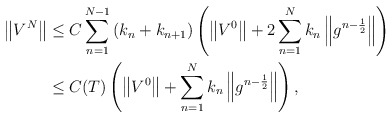
\begin{align*} \left\|V^{N}\right\| & \leq C \sum\limits_{n=1}^{N-1}\left( k_n+k_{n+1} \right) \left( \left\|V^{0}\right\| + 2\sum\limits_{n=1}^{N}k_n \left\|g^{n-\frac{1}{2}}\right\| \right) \\ & \leq C(T) \left( \left\|V^{0}\right\| + \sum\limits_{n=1}^{N}k_n \left\|g^{n-\frac{1}{2}}\right\| \right), \end{align*}